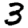
Digit: 3